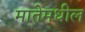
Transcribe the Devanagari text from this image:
मातेमधील